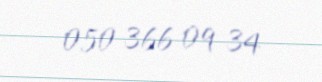
050 366 09 34